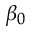
\beta _ { 0 }